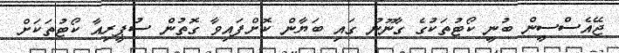
ޖޭއެސްސީން ބުނީ ކޯޓުތަކުގެ ގާނޫނު ގައި ބަޔާން ކޮށްފައިވާ ގޮތުން ސުޕީރިއާ ކޯޓުތަކަށް